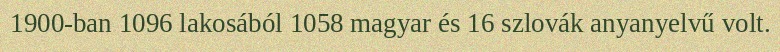
1900-ban 1096 lakosából 1058 magyar és 16 szlovák anyanyelvű volt.